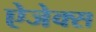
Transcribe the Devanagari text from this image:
ऐजेक्स